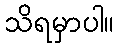
သိရမှာပါ။